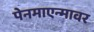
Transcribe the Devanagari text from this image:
पेनमाएन्मावर